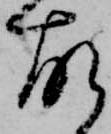
故